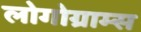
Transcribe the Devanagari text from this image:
लोगोग्राम्स